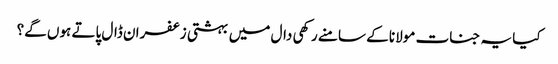
کیا یہ جنات مولانا کے سامنے رکھی دال میں بہشتی زعفران ڈال پاتے ہوں گے؟